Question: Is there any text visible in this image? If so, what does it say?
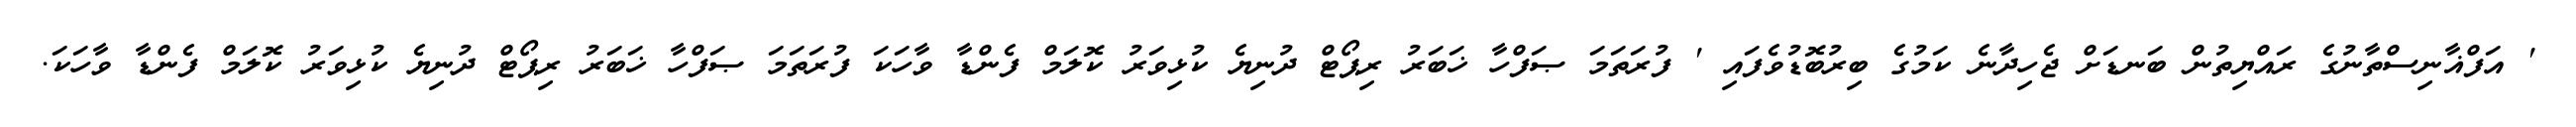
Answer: ' އަފްޣާނިސްތާނުގެ ރައްޔިތުން ބަނޑަށް ޖެހިދާނެ ކަމުގެ ބިރުބޮޑުވެފައި ' ފުރަތަމަ ޞަފްހާ ޚަބަރު ރިޕޯޓް ދުނިޔެ ކުޅިވަރު ކޮލަމް ފެންޑާ ވާހަކަ ފުރަތަމަ ޞަފްހާ ޚަބަރު ރިޕޯޓް ދުނިޔެ ކުޅިވަރު ކޮލަމް ފެންޑާ ވާހަކަ.